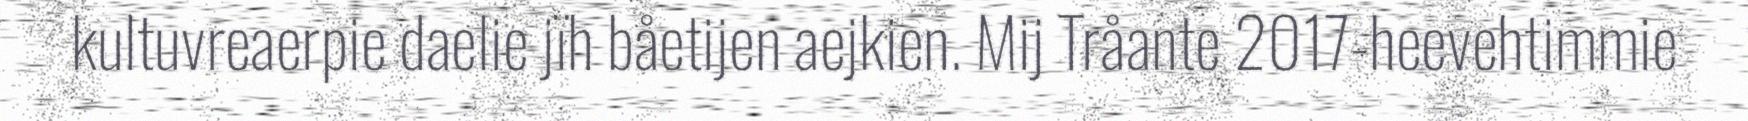
kultuvreaerpie daelie jïh båetijen aejkien. Mij Tråante 2017-heevehtimmie